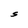
Character: S